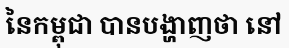
នៃកម្ពុជា បានបង្ហាញថា នៅ